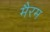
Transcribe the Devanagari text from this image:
मैरम